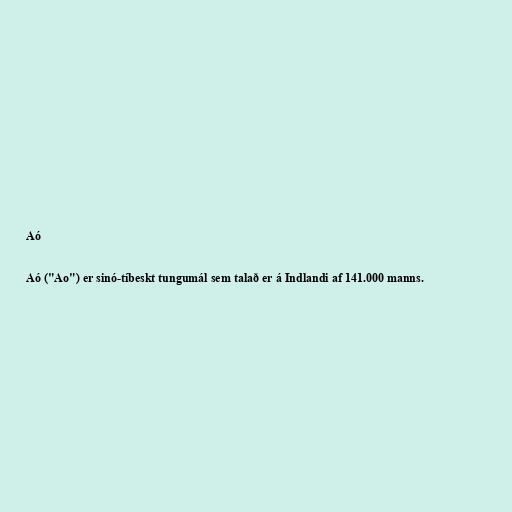
Aó

Aó ("Ao") er sinó-tíbeskt tungumál sem talað er á Indlandi af 141.000 manns.